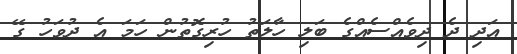
އަދި ދެ ދިވެއްސެއްގެ ބަލި ހާލަތު ހުރިގޮތުން ހަމަ އެ ދުވަހު ގޭ